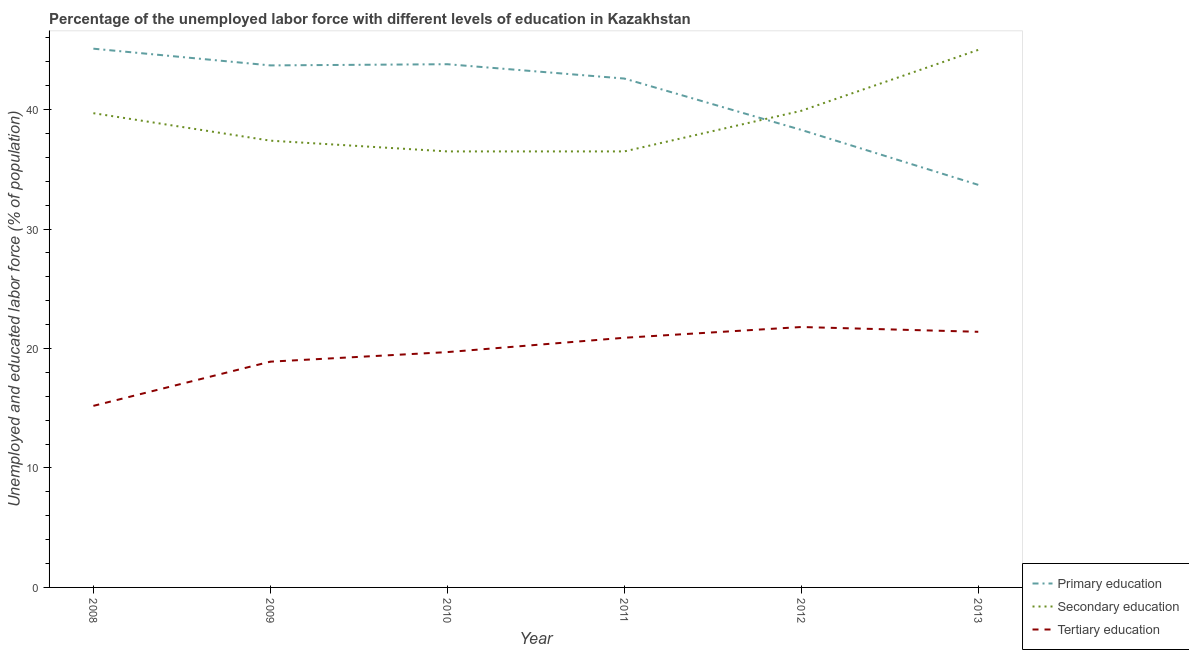
| Year | Primary education | Secondary education | Tertiary education |
 | --- | --- | --- | --- |
 | 2008 | 45.1 | 39.7 | 15.2 |
 | 2009 | 43.7 | 37.4 | 18.9 |
 | 2010 | 43.8 | 36.5 | 19.7 |
 | 2011 | 42.6 | 36.5 | 20.9 |
 | 2012 | 38.3 | 39.9 | 21.8 |
 | 2013 | 33.7 | 45 | 21.4 |